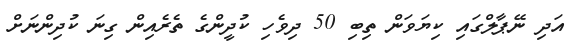
އަދި ނޭޕާލްގައި ކިޔަވަން ތިބި 50 ދިވެހި ކުދީންގެ ތެރެއިން ގިނަ ކުދިންނަށް